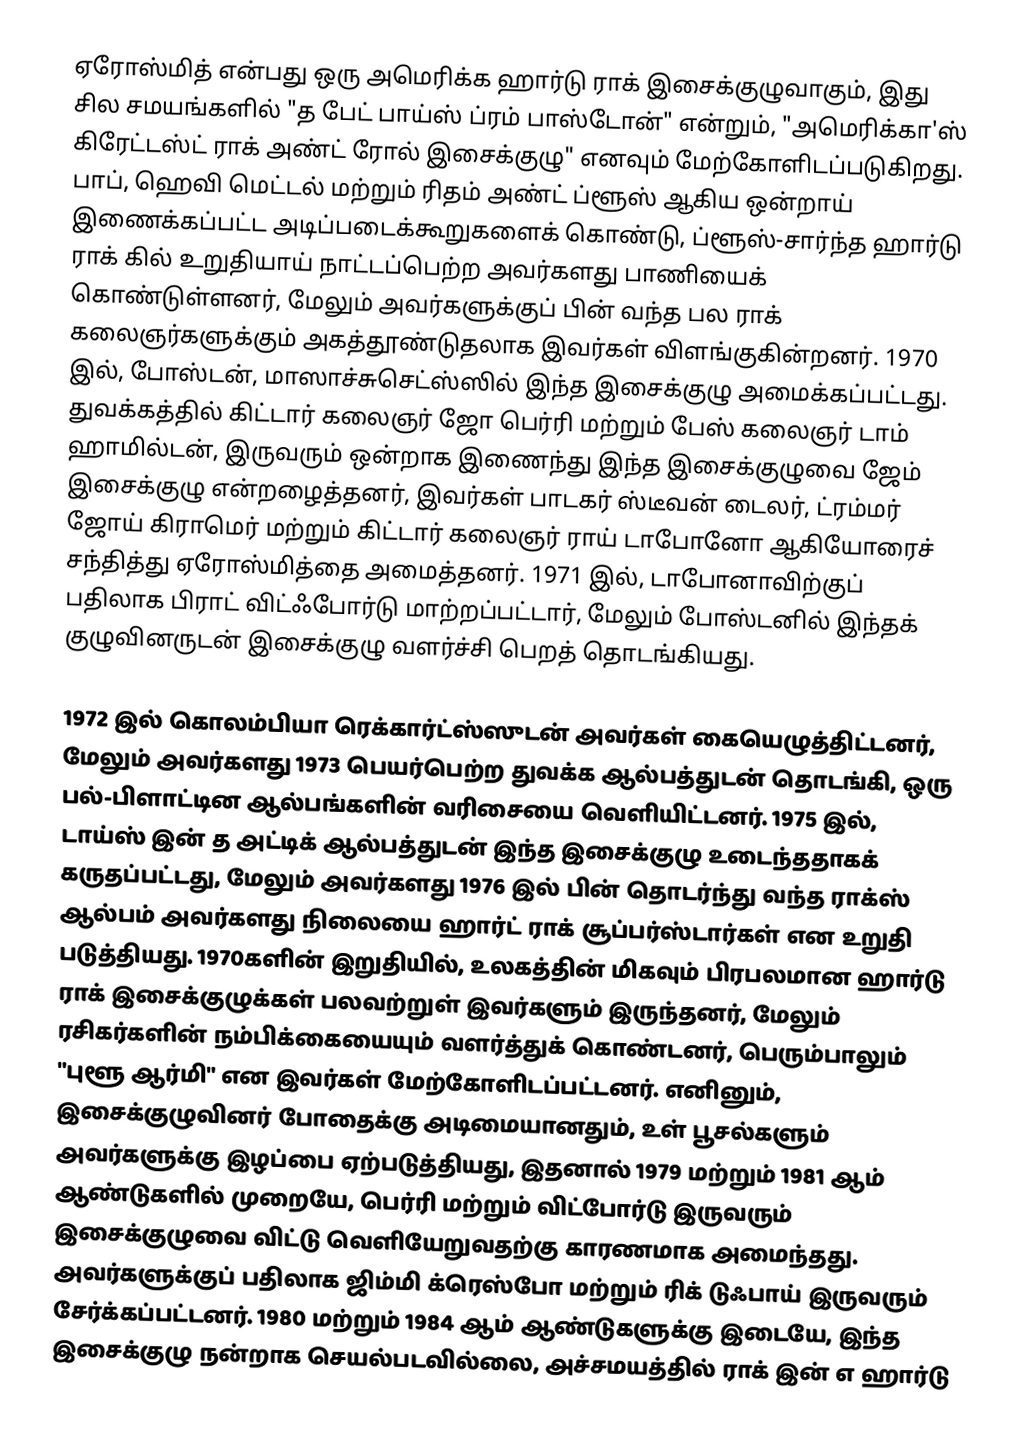
ஏரோஸ்மித்  என்பது ஒரு அமெரிக்க ஹார்டு ராக் இசைக்குழுவாகும், இது சில சமயங்களில் "த பேட் பாய்ஸ் ப்ரம் பாஸ்டோன்" என்றும், "அமெரிக்கா'ஸ் கிரேட்டஸ்ட் ராக் அண்ட் ரோல் இசைக்குழு" எனவும் மேற்கோளிடப்படுகிறது. பாப், ஹெவி மெட்டல் மற்றும் ரிதம் அண்ட் ப்ளூஸ் ஆகிய ஒன்றாய் இணைக்கப்பட்ட அடிப்படைக்கூறுகளைக் கொண்டு, ப்ளூஸ்-சார்ந்த ஹார்டு ராக் கில் உறுதியாய் நாட்டப்பெற்ற அவர்களது பாணியைக் கொண்டுள்ளனர், மேலும் அவர்களுக்குப் பின் வந்த பல ராக் கலைஞர்களுக்கும் அகத்தூண்டுதலாக இவர்கள் விளங்குகின்றனர். 1970 இல், போஸ்டன், மாஸாச்சுசெட்ஸ்ஸில் இந்த இசைக்குழு அமைக்கப்பட்டது. துவக்கத்தில் கிட்டார் கலைஞர் ஜோ பெர்ரி மற்றும் பேஸ் கலைஞர் டாம் ஹாமில்டன், இருவரும் ஒன்றாக இணைந்து இந்த இசைக்குழுவை ஜேம் இசைக்குழு என்றழைத்தனர், இவர்கள் பாடகர் ஸ்டீவன் டைலர், ட்ரம்மர் ஜோய் கிராமெர் மற்றும் கிட்டார் கலைஞர் ராய் டாபோனோ ஆகியோரைச் சந்தித்து ஏரோஸ்மித்தை அமைத்தனர். 1971 இல், டாபோனாவிற்குப் பதிலாக பிராட் விட்ஃபோர்டு மாற்றப்பட்டார், மேலும் போஸ்டனில் இந்தக் குழுவினருடன் இசைக்குழு வளர்ச்சி பெறத் தொடங்கியது.

1972 இல் கொலம்பியா ரெக்கார்ட்ஸ்ஸுடன் அவர்கள் கையெழுத்திட்டனர், மேலும் அவர்களது 1973 பெயர்பெற்ற துவக்க ஆல்பத்துடன் தொடங்கி, ஒரு பல்-பிளாட்டின ஆல்பங்களின் வரிசையை வெளியிட்டனர். 1975 இல், டாய்ஸ் இன் த அட்டிக்  ஆல்பத்துடன் இந்த இசைக்குழு உடைந்ததாகக் கருதப்பட்டது, மேலும் அவர்களது 1976 இல் பின் தொடர்ந்து வந்த ராக்ஸ்  ஆல்பம் அவர்களது நிலையை ஹார்ட் ராக் சூப்பர்ஸ்டார்கள் என உறுதி படுத்தியது. 1970களின் இறுதியில், உலகத்தின் மிகவும் பிரபலமான ஹார்டு ராக் இசைக்குழுக்கள் பலவற்றுள் இவர்களும் இருந்தனர், மேலும் ரசிகர்களின் நம்பிக்கையையும் வளர்த்துக் கொண்டனர், பெரும்பாலும் "புளூ ஆர்மி" என இவர்கள் மேற்கோளிடப்பட்டனர். எனினும், இசைக்குழுவினர் போதைக்கு அடிமையானதும், உள் பூசல்களும் அவர்களுக்கு இழப்பை ஏற்படுத்தியது, இதனால் 1979 மற்றும் 1981 ஆம் ஆண்டுகளில் முறையே, பெர்ரி மற்றும் விட்போர்டு இருவரும் இசைக்குழுவை விட்டு வெளியேறுவதற்கு காரணமாக அமைந்தது. அவர்களுக்குப் பதிலாக ஜிம்மி க்ரெஸ்போ மற்றும் ரிக் டுஃபாய் இருவரும் சேர்க்கப்பட்டனர். 1980 மற்றும் 1984 ஆம் ஆண்டுகளுக்கு இடையே, இந்த இசைக்குழு நன்றாக செயல்படவில்லை, அச்சமயத்தில் ராக் இன் எ ஹார்டு